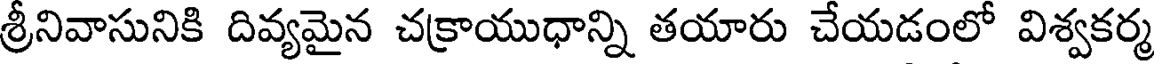
శ్రీనివాసునికి దివ్యమైన చక్రాయుధాన్ని తయారు చేయడంలో విశ్వకర్మ